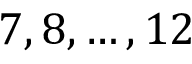
7 , 8 , \ldots , 1 2